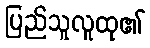
ပြည်သူလူထု၏